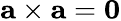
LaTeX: \mathbf{a}\times\mathbf{a}=\mathbf{0}